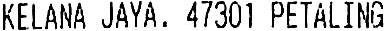
KELANA JAYA. 47301 PETALING